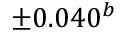
\pm 0 . 0 4 0 ^ { b }